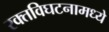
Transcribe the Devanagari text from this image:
रक्तविघटनामध्ये